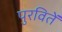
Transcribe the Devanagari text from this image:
पुरवितें